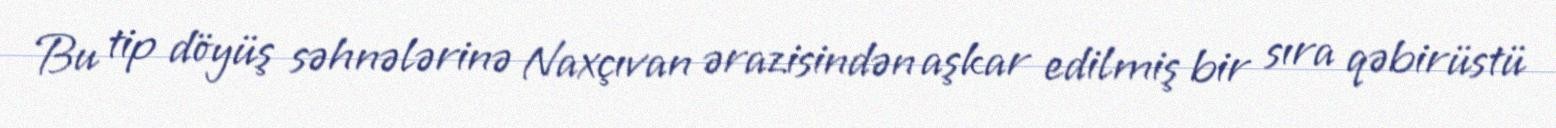
Bu tip döyüş səhnələrinə Naxçıvan ərazisindən aşkar edilmiş bir sıra qəbirüstü